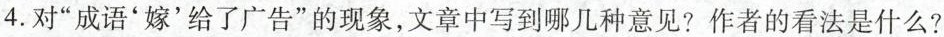
4.对”成语'嫁'给了广告”的现象，文章中写到哪几种意见？作者的看法是什么？